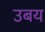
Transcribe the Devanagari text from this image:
उबय